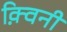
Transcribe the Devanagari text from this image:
क़्विनी